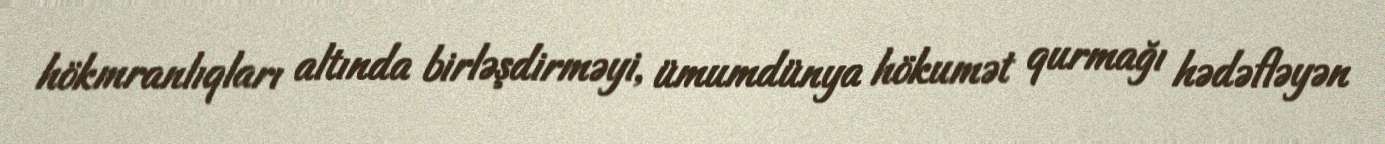
hökmranlıqları altında birləşdirməyi, ümumdünya hökumət qurmağı hədəfləyən